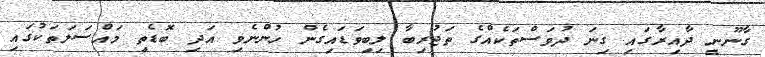
ގާނޫނީ ދާއިރާގައި ގިނަ ދުވަސްތަކެއްގެ ތަޖުރިބާ ލިބިވަޑައިގެން ހުންނެވި އަދި ބޮޑެތި މައްސަލަތަކުގައި